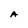
Character: A